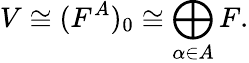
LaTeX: V\cong(F^{A})_{0}\cong\bigoplus_{\alpha\in A}F.